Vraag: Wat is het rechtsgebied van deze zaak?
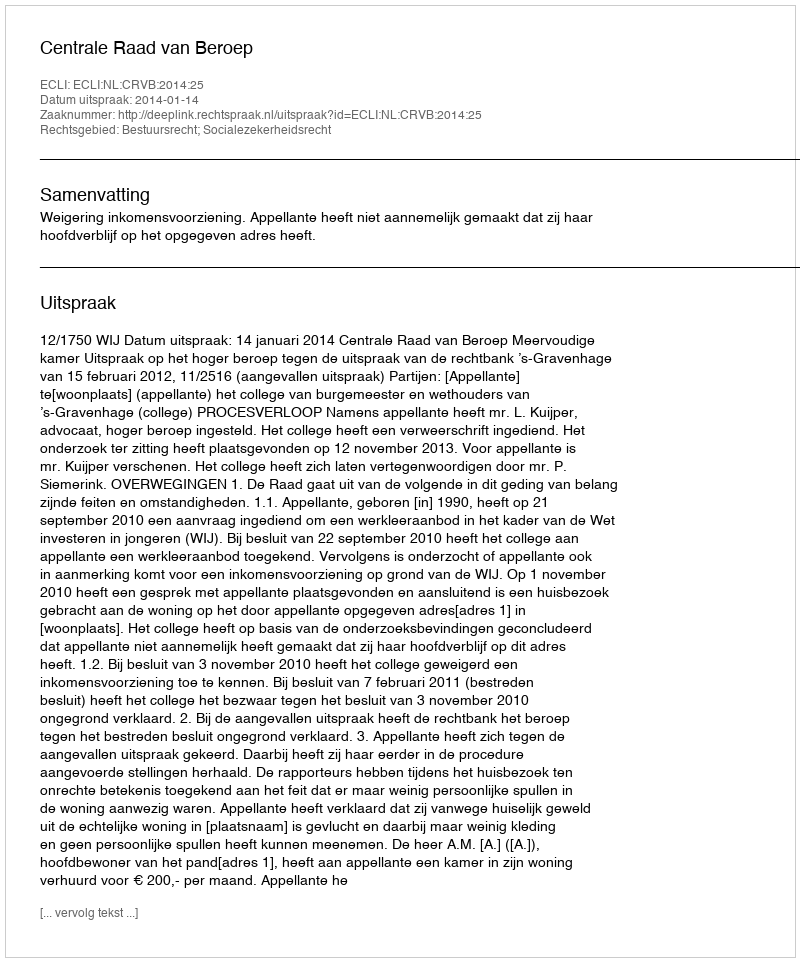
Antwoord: Bestuursrecht; Socialezekerheidsrecht